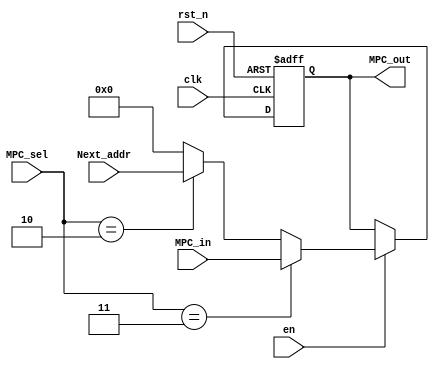
module mpc(
    input clk,
    input rst_n,
    input en,
    input[1:0] MPC_sel,
    input[15:0] MPC_in,
    input[15:0] Next_addr,
    output[15:0] MPC_out
  );
reg[15:0] MPC;

assign MPC_out = MPC;

always @(posedge clk or negedge rst_n) begin
  if (!rst_n)
      MPC <= 16'b0;
  else begin
      if(en) begin
          if(MPC_sel == 2'b11)
             MPC <= MPC_in;
          else if(MPC_sel == 2'b10)
             MPC <= Next_addr;
          else begin
              MPC <= 16'b0;
              
          end
      end
  end
end
endmodule